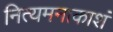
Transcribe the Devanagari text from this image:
नित्यमनाकाशं